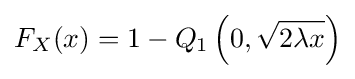
F_{X}(x)=1-Q_{1}\left(0,{\sqrt {2\lambda x}}\right)